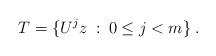
LaTeX: \begin{align*}T=\{U^{j}z\::\:0\le j<m\}\:.\end{align*}